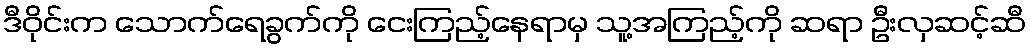
ဒီဝိုင်းက သောက်ရေခွက်ကို ငေးကြည့်နေရာမှ သူ့အကြည့်ကို ဆရာ ဦးလှဆင့်ဆီ